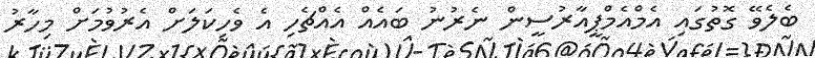
ބެލެވޭ ގޮތުގައި އެމްއެމްޕީއާރުސީން ނެރުނު ބައެއް އެއްޗެހި އެ ވެހިކަލަށް އެރުވުމަށް މިހާރު